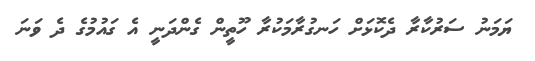
ޔަމަނު ސަރުކާރާ ދެކޮޅަށް ހަނގުރާމަކުރާ ހޫތީން ގެންދަނީ އެ ގައުމުގެ ދެ ވަނަ